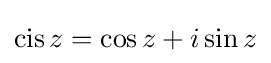
\operatorname {cis} z=\cos z+i\sin z